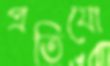
প্রতিযো